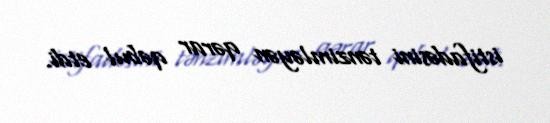
istifadəsini tənzimləyən qərar qəbul etdi.